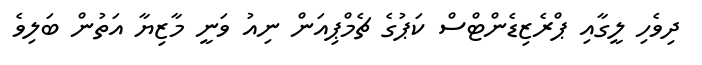
ދިވެހި ލީގާއި ޕްރެޒިޑެންޓްސް ކަޕުގެ ޗެމްޕިއަން ނިއު ވަނީ މާޒިޔާ އަތުން ބަލިވެ